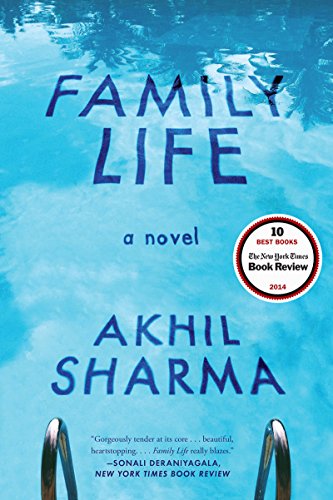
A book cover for Family Life: A Novel; Akhil Sharma; Literature & Fiction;